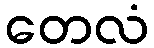
တေလံ